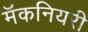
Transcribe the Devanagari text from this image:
मॅकनियरी